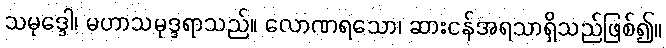
သမုဒ္ဒေါ၊ မဟာသမုဒ္ဒရာသည်။ လောဏရသော၊ ဆားငန်အရသာရှိသည်ဖြစ်၍။